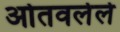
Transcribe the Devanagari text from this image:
ओतवलेले